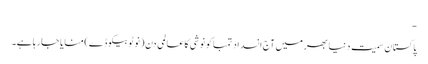
-
پاکستان سمیت دنیا بھر میں آج انسداد تمباکو نوشی کا عالمی دن (نو ٹوبیکو ڈے) منایا جارہا ہے۔